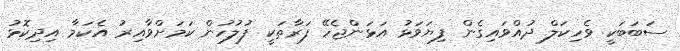
ސަބަބަކީ ވެހިކަލް ދުއްވައިގެން ފިޔަވަޅު އަޅަންޖެހޭ ފަރާތަކީ ފުލުހުން ކަމަށްވާއިރު އެކަމާ އިދިކޮޅު